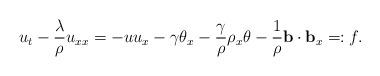
LaTeX: \begin{align*}& u_t-\frac{\lambda}{\rho}u_{xx}=-uu_x- \gamma\theta_x-\frac{\gamma}{\rho}\rho_x\theta-\frac{1}{\rho}\mathbf{b}\cdot\mathbf{b}_x=:f.\end{align*}